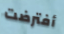
أفترضت